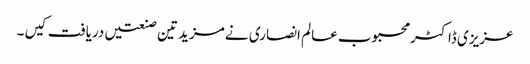
عزیزی ڈاکٹر محبوب عالم انصاری نے مزید تین صنعتیں دریافت کیں ۔